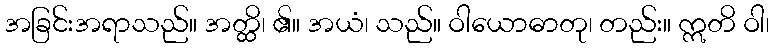
အခြင်းအရာသည်။ အတ္ထိ၊ ၏။ အယံ၊ သည်။ ဝါယောဓာတု၊ တည်း။ ဣတိ ဝါ၊